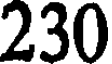
230